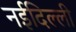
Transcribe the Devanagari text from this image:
नईदिल्ली